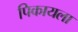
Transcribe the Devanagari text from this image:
पिकायला